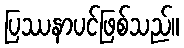
ပြဿနာပင်ဖြစ်သည်။